Vaccination Hyderabad 1872-1889 - 1872-1889
Year: 1872
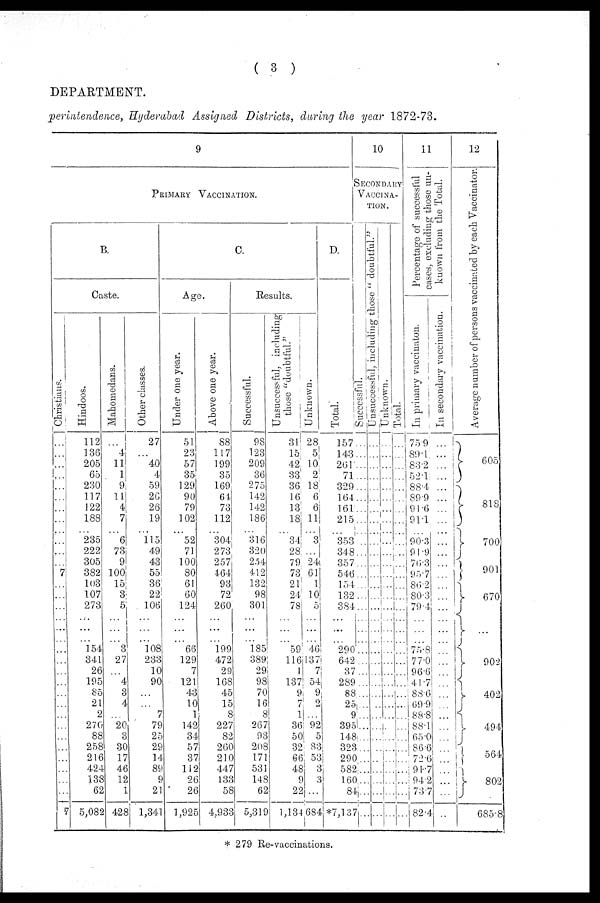
( 3 )
DEPARTMENT.
perintendence, Hyderabad Assigned Districts, during the year 1872-73.
9
PRIMARY VACCINATION.
B.
Caste.
Christians.
...
...
...
...
...
...
...
...
...
...
...
...
7
...
...
...
...
...
...
...
...
...
...
...
...
...
...
...
...
...
...
...
...
7
Hindoos.
112
136
205
65
230
117
122
188
...
235
222
305
382
103
107
273
...
...
...
154
341
26
195
85
21
2
270
88
258
216
424
138
62
5,082
Mahomedans.
...
4
11
1
9
11
4
7
...
6
73
9
100
15
3
5
...
...
...
3
27
...
4
3
4
...
20
3
30
17
46
12
1
428
Other classes.
27
...
40
4
59
26
26
19
...
115
49
43
55
36
22
106
...
...
...
108
233
10
90
...
...
7
79
25
29
14
89
9
21
1,341
C.
Age.
Under one year.
51
23
57
35
129
90
79
102
...
52
71
100
80
61
60
124
...
...
...
66
129
7
121
43
10
1
142
34
57
37
112
26
26
1,925
Above one year.
88
117
199
35
169
64
73
112
...
304
273
257
464
93
72
260
...
...
...
199
472
29
168
45
15
8
227
82
260
210
447
133
58
4,933
Results.
Successful.
98
123
209
36
275
142
142
186
...
316
320
254
412
132
98
301
...
...
...
185
389
29
98
70
16
8
267
93
208
171
531
148
62
5,319
Unsuccessful, including
those "doubtful."
31
15
42
33
36
16
13
18
...
34
28
79
73
21
24
78
...
...
...
59
116
1
137
9
7
1
36
50
32
66
48
9
22
1,134
Unknown.
28
5
10
2
18
6
6
11
...
3
...
24
61
1
10
5
...
...
...
46
137
7
54
9
2
...
92
5
83
53
3
3
...
684
D.
Total.
157
143
261
71
329
164
161
215
...
353
348
357
546
154
132
384
...
...
...
290
642
37
289
88
25
9
395
148
323
290
582
160
84
*7,137
10
SECONDARY
VACCINA-
----.
Successful.
...
...
...
...
...
...
...
...
...
...
...
...
...
...
...
...
...
...
...
...
...
...
...
...
...
...
...
...
...
...
...
...
...
...
Unsuccessful, including those " doubtful."
...
...
...
...
...
...
...
...
...
...
...
...
...
...
...
...
...
...
...
...
...
...
...
...
...
...
...
...
...
...
...
...
...
...
Unknown.
...
...
...
...
...
...
...
...
...
...
...
...
...
...
...
...
...
...
...
...
...
...
...
...
...
...
...
...
...
...
...
...
...
...
Total.
...
...
...
...
...
...
...
...
...
...
...
...
...
...
...
...
...
...
...
...
...
...
...
...
...
...
...
...
...
...
...
...
...
...
11
Percentage of successful
cases, excluding those un-
known from the Total.
In primary vaccinaton.
75.9
89.1
83.2
52.1
88.4
89.9
91.6
91.1
...
90.3
91.9
76.3
95.7
86.2
80.3
79.4
...
...
...
75.8
77.0
96.6
41.7
88.6
69.9
88.8
88.1
65.0
86.6
72.6
91.7
94.2
73.7
82.4
In secondary vaccination.
...
...
...
...
...
...
...
...
...
...
...
...
...
...
...
...
...
...
...
...
...
...
...
...
...
...
...
...
...
...
...
...
...
...
12
Average number of persons vaccinated by each Vaccinator.
605
818
700
901
670
...
902
402
494
564
802
685.8
* 279 Re-vaccinations.